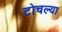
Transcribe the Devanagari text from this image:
टोचल्या